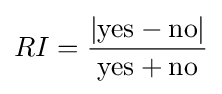
RI={\frac {|{\text{yes}}-{\text{no}}|}{{\text{yes}}+{\text{no}}}}